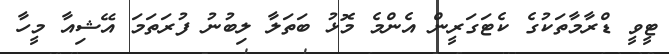
ޓީވީ ޑްރާމާތަކުގެ ކެޓަގަރީން އެންމެ މޮޅު ބަތަލާ ލިބުނު ފުރަަތަމަ އޭޝިއާ މީހާ